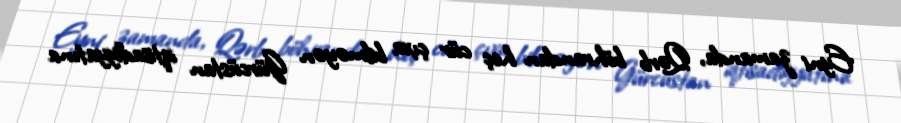
Eyni zamanda, Qərb böhrandan heç cür çıxa bilməyən Gürcüstan iqtisadiyyatına